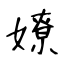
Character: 嫽